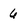
Character: 6